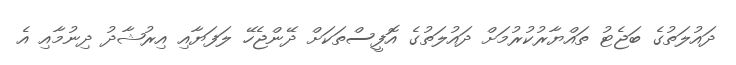
ދައުލަތުގެ ބަޖެޓު ތައްޔާރުކުރުމަށް ދައުލަތުގެ އޮފީސްތަކަށް ދޭންޖެހޭ ލަފަޔާއި އިރުޝާދު ދިނުމާއި އެ